Report of the Imperial Institute of Veterinary Research, Muktesar
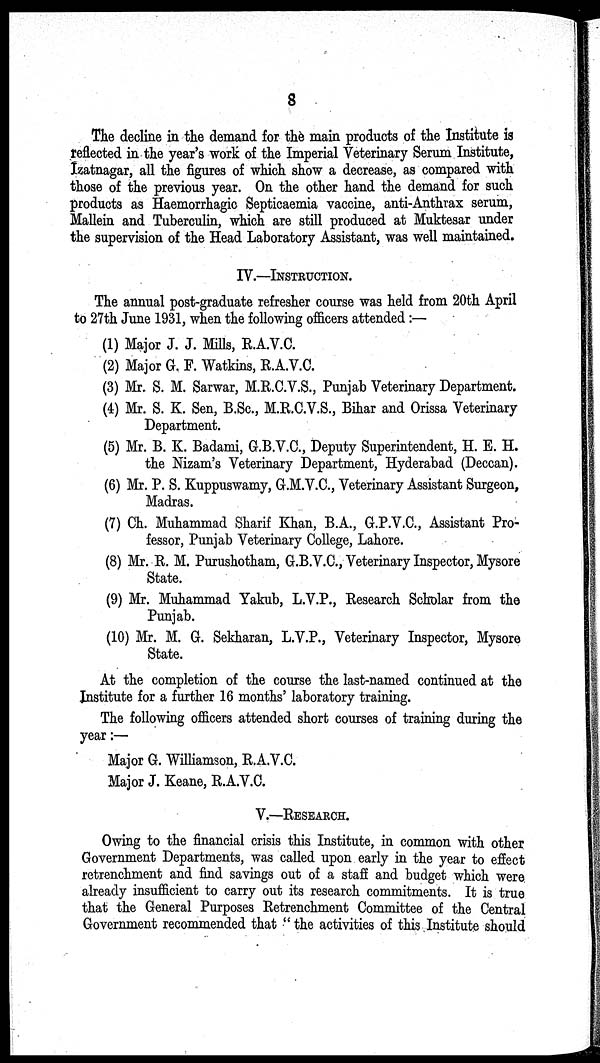
8
The decline in the demand for the main products of the Institute is
reflected in the year's work of the Imperial Veterinary Serum Institute,
Izatnagar, all the figures of which show a decrease, as compared with
those of the previous year. On the other hand the demand for such
products as Haemorrhagic Septicaemia vaccine, anti-Anthrax serum,
Mallein and Tuberculin, which are still produced at Muktesar under
the supervision of the Head Laboratory Assistant, was well maintained.
IV.—INSTRUCTION.
The annual post-graduate refresher course was held from 20th April
to 27th June 1931, when the following officers attended :—
(1) Major J. J. Mills, R.A.V.C.
(2) Major G. F. Watkins, R.A.V.C.
(3) Mr. S. M. Sarwar, M.R.C.V.S., Punjab Veterinary Department.
(4) Mr. S. K. Sen, B.Sc., M.R.C.V.S., Bihar and Orissa Veterinary
Department.
(5) Mr. B. K. Badami, G.B.V.C., Deputy Superintendent, H. E. H.
the Nizam's Veterinary Department, Hyderabad (Deccan).
(6) Mr. P. S. Kuppuswamy, G.M.V.C., Veterinary Assistant Surgeon,
Madras.
(7) Ch. Muhammad Sharif Khan, B.A., G.P.V.C., Assistant Pro-
fessor, Punjab Veterinary College, Lahore.
(8) Mr. R. M. Purushotham, G.B.V.C., Veterinary Inspector, Mysore
State.
(9) Mr. Muhammad Yakub, L.V.P., Research Scholar from the
Punjab.
(10) Mr. M. G. Sekharan, L.V.P., Veterinary Inspector, Mysore
State.
At the completion of the course the last-named continued at the
Institute for a further 16 months' laboratory training.
The following officers attended short courses of training during the
year :—
Major G. Williamson, R.A.V.C.
Major J. Keane, R.A.V.C.
V.—RESEARCH.
Owing to the financial crisis this Institute, in common with other
Government Departments, was called upon early in the year to effect
retrenchment and find savings out of a staff and budget which were
already insufficient to carry out its research commitments. It is true
that the General Purposes Retrenchment Committee of the Central
Government recommended that " the activities of this Institute should